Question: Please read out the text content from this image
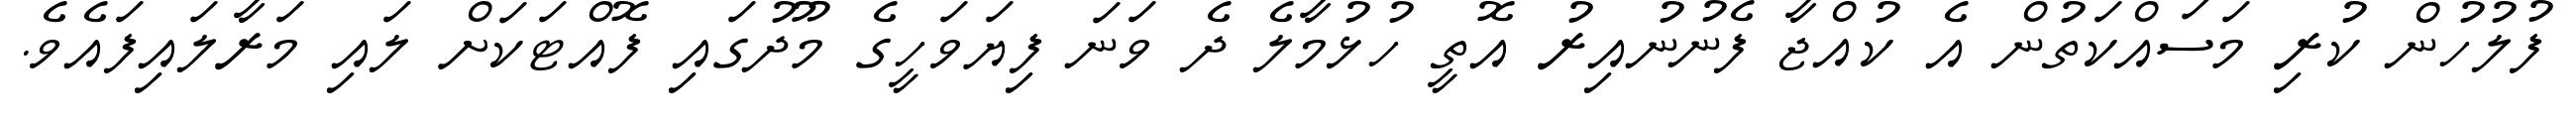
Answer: ފުލުހުން ކުރި މަސައްކަތުން އެ ކުއްޖާ ފެނުނުއިރު އޮތީ ހުޅުމާލެ ދެ ވަނަ ފިޔަވަހީގެ މޫދުގައި ފޮއްޓަކަށް ލައި މަރާލައިފައެވެ.